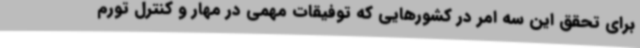
برای تحقق این سه امر در کشورهایی که توفیقات مهمی در مهار و کنترل تورم